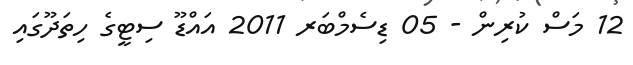
12 މަސް ކުރިން - 05 ޑިސެމްބަރ 2011 އައްޑޫ ސިޓީގެ ހިތަދޫގައި